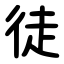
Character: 徒